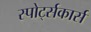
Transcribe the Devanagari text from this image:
स्पोर्ट्सकार्स